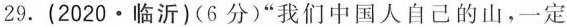
29.(2020·临沂)(6分)”我们中国人自己的山，一定